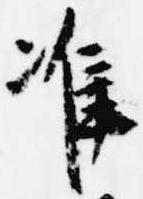
准